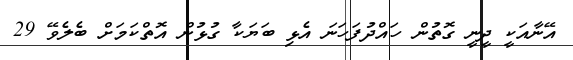
އޭނާއަކީ ދީނީ ގޮތުން ހައްދުފަހަނަ އެޅި ބަޔަކާ ގުޅުން އޮތްކަމަށް ބެލެވޭ 29